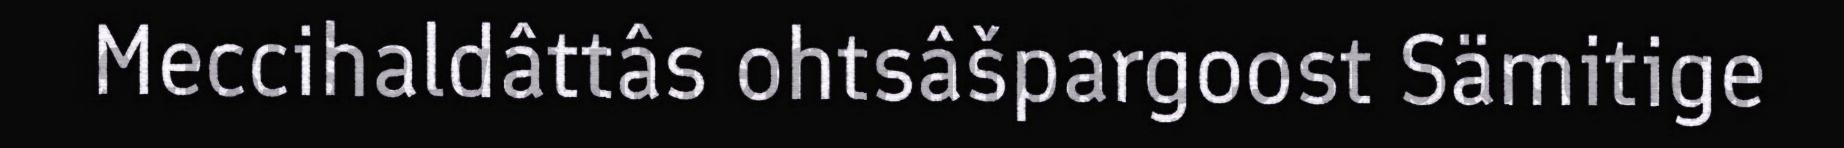
Meccihaldâttâs ohtsâšpargoost Sämitige